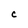
Character: C